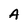
Character: A